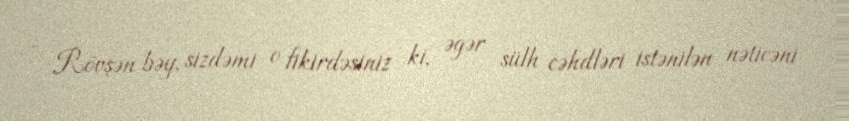
- Rövşən bəy, sizdəmi o fikirdəsiniz ki, əgər sülh cəhdləri istənilən nəticəni